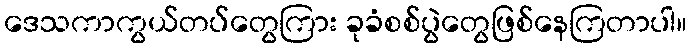
ဒေသကာကွယ်တပ်တွေကြား ခုခံစစ်ပွဲတွေဖြစ်နေကြတာပါ။